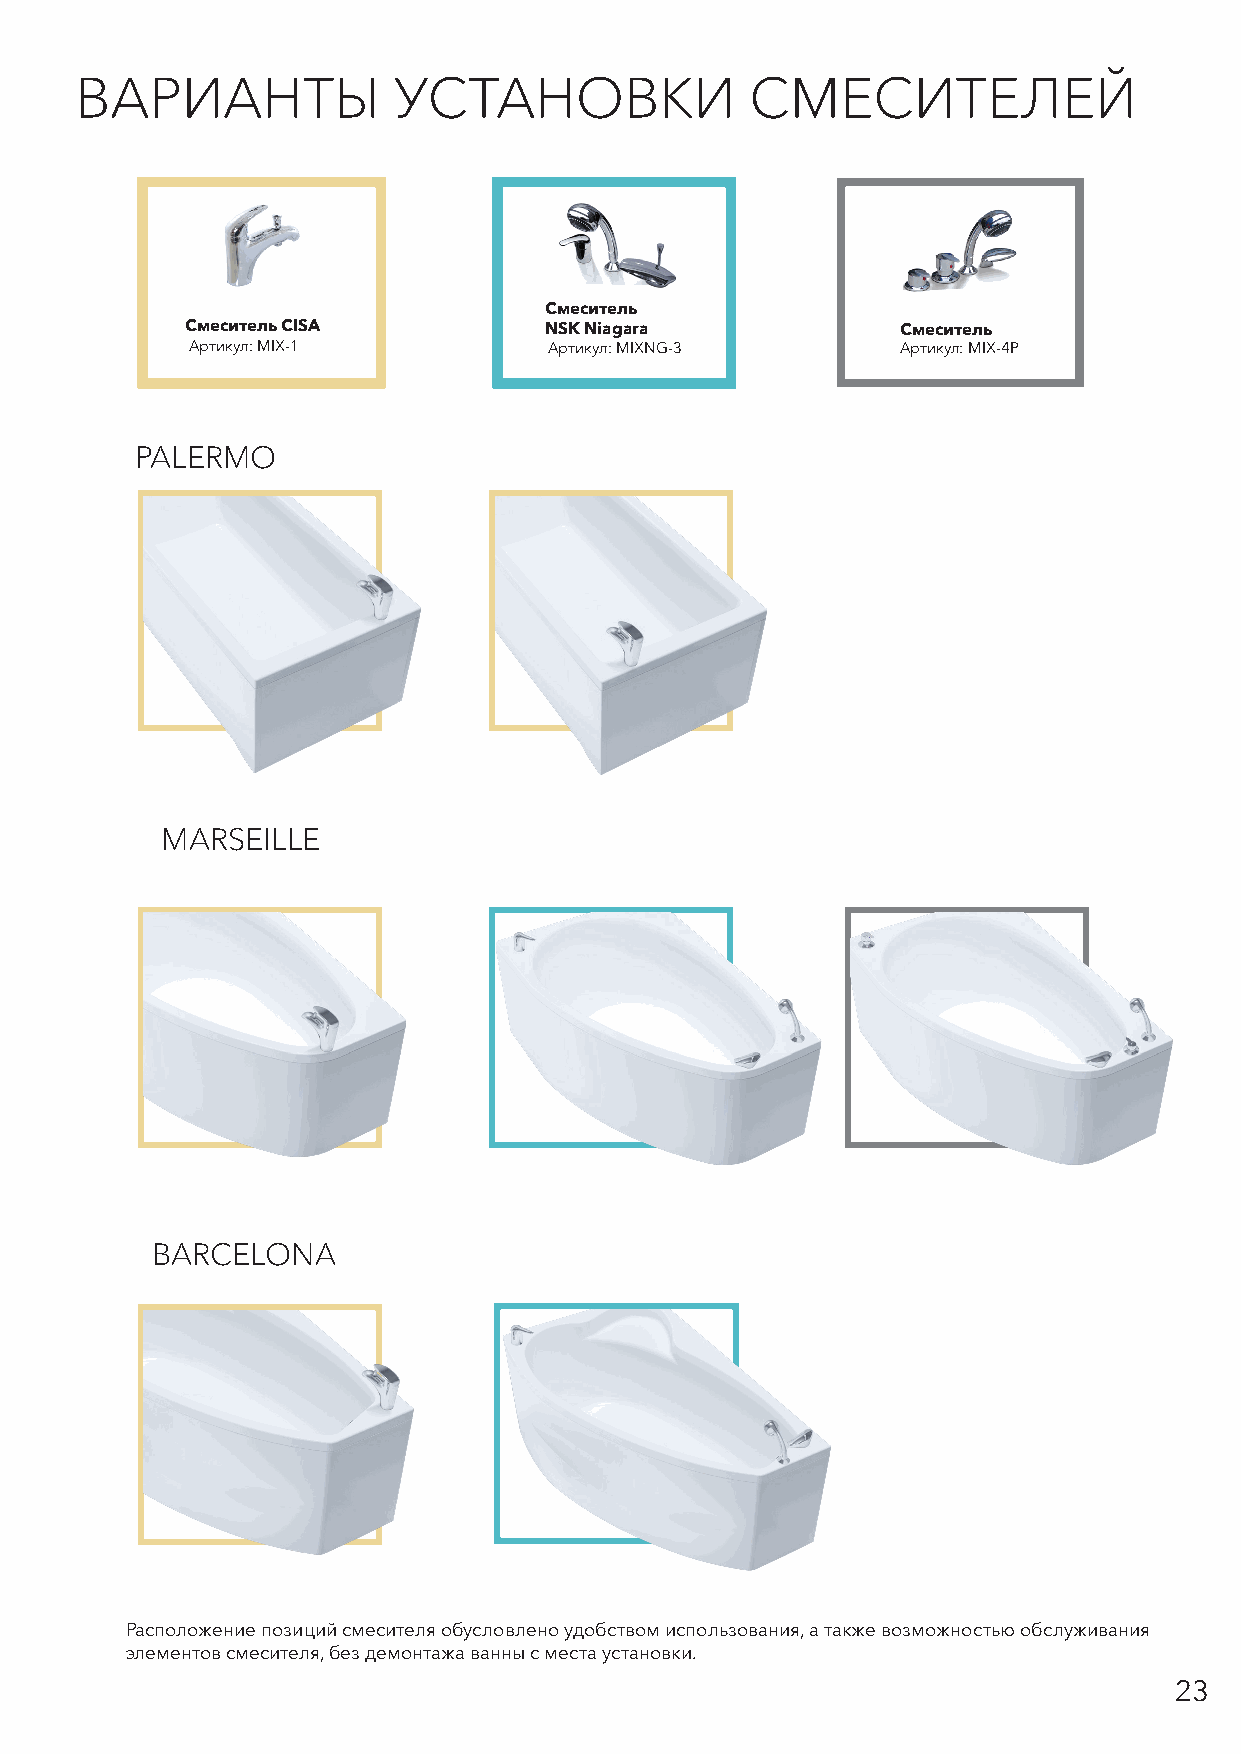
ВАРИАНТЫ             УСТАНОВКИ               СМЕСИТЕЛЕЙ
 Смеситель
 Смеситель CISA          NSK Niagara             Смеситель
 Артикул: MIX-1         Артикул: MIXNG-3        Артикул: MIX-4P
 PALERMO
 MARSEILLE
 BARCELONA
 Расположение позиций смесителя обусловлено удобством использования, а также возможностью обслуживания
 элементов смесителя, без демонтажа ванны с места установки.
 23